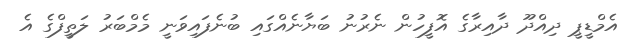
އެމްޑީޕީ ދިއްދޫ ދާއިރާގެ އޮފީހުން ނެރުނު ބަޔާނެއްގައި ބުނެފައިވަނީ މެމްބަރު ލަތީފްގެ އެ